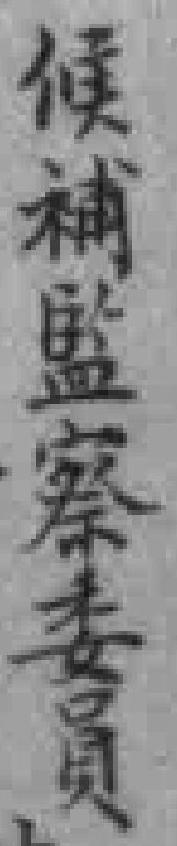
候補監察委員